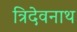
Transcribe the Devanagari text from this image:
त्रिदेवनाथ